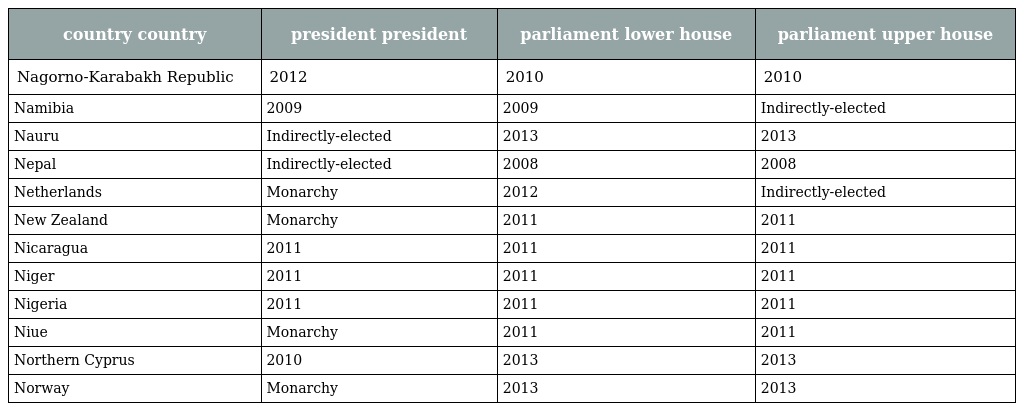
| country country | president president | parliament lower house | parliament upper house |
 | --- | --- | --- | --- |
 | Nagorno-Karabakh Republic | 2012 | 2010 | 2010 |
 | Namibia | 2009 | 2009 | Indirectly-elected |
 | Nauru | Indirectly-elected | 2013 | 2013 |
 | Nepal | Indirectly-elected | 2008 | 2008 |
 | Netherlands | Monarchy | 2012 | Indirectly-elected |
 | New Zealand | Monarchy | 2011 | 2011 |
 | Nicaragua | 2011 | 2011 | 2011 |
 | Niger | 2011 | 2011 | 2011 |
 | Nigeria | 2011 | 2011 | 2011 |
 | Niue | Monarchy | 2011 | 2011 |
 | Northern Cyprus | 2010 | 2013 | 2013 |
 | Norway | Monarchy | 2013 | 2013 |